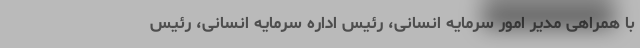
با همراهی مدیر امور سرمایه انسانی، رئیس اداره سرمایه انسانی، رئیس